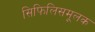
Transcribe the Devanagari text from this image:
सिफिलिसमूलक